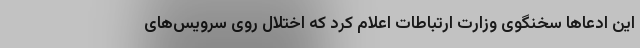
این ادعا‌ها سخنگوی وزارت ارتباطات اعلام کرد که اختلال روی سرویس‌های